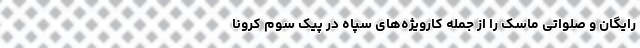
رایگان و صلواتی ماسک را از جمله کارویژه‌های سپاه در پیک سوم کرونا